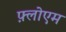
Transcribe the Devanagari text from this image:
फ़्लोएम